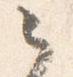
之